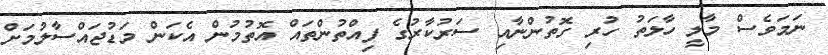
ނަމަވެސް މާލީ ހާލަތު ހުރި ގޮތުންނާއި ސަރުކާރުގެ ފިއްތުންތައް އޮތުމުން އެކަން މަޑުޖައްސާލުމަށް